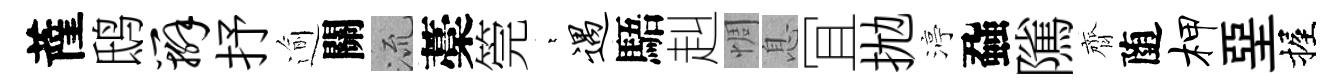
薩鸱辫抒逾關𣴑藁筦萋遇䮏赳惆息冝拋渟蝨隲齊随柙堊握